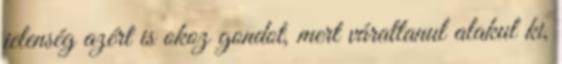
jelenség azért is okoz gondot, mert váratlanul alakul ki,